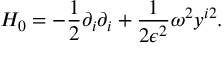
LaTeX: H _ { 0 } = - \frac { 1 } { 2 } \partial _ { i } \partial _ { i } + \frac { 1 } { 2 \epsilon ^ { 2 } } \omega ^ { 2 } y ^ { i 2 } .